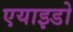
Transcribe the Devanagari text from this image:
एयाइडो